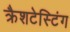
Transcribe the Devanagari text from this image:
क्रैशटेस्टिंग